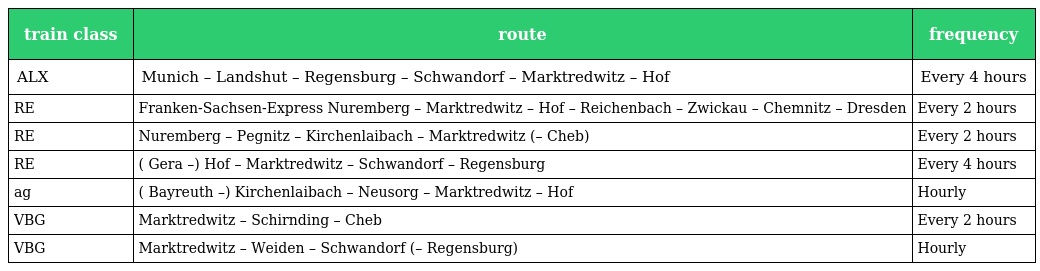
| train class | route | frequency |
 | --- | --- | --- |
 | ALX | Munich – Landshut – Regensburg – Schwandorf – Marktredwitz – Hof | Every 4 hours |
 | RE | Franken-Sachsen-Express Nuremberg – Marktredwitz – Hof – Reichenbach – Zwickau – Chemnitz – Dresden | Every 2 hours |
 | RE | Nuremberg – Pegnitz – Kirchenlaibach – Marktredwitz (– Cheb) | Every 2 hours |
 | RE | ( Gera –) Hof – Marktredwitz – Schwandorf – Regensburg | Every 4 hours |
 | ag | ( Bayreuth –) Kirchenlaibach – Neusorg – Marktredwitz – Hof | Hourly |
 | VBG | Marktredwitz – Schirnding – Cheb | Every 2 hours |
 | VBG | Marktredwitz – Weiden – Schwandorf (– Regensburg) | Hourly |